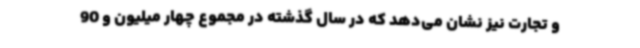
و تجارت نیز نشان می‌دهد که در سال گذشته در مجموع چهار میلیون و 90